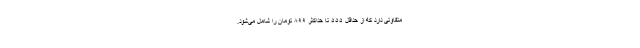
متفاوتی دارد که از حداقل ۵۵۵ تا حداکثر ۸۹۹ تومان را شامل می‌شود.